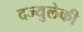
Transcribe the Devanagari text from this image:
दज्युलेकी